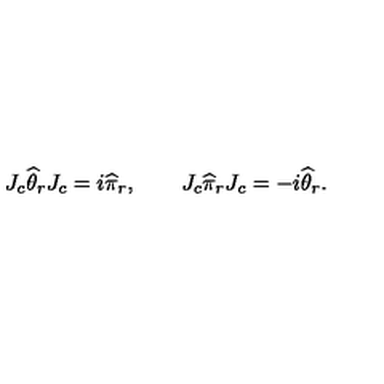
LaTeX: J _ { c } \widehat \theta _ { r } J _ { c } = i \widehat \pi _ { r } , \qquad J _ { c } \widehat \pi _ { r } J _ { c } = - i \widehat \theta _ { r } .